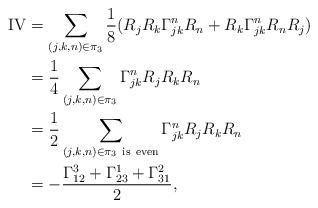
LaTeX: \begin{align*}\mathrm{IV}&=\sum_{(j,k,n)\in \pi_3}\frac{1}{8}(R_jR_k\Gamma_{jk}^nR_n+R_k\Gamma_{jk}^nR_nR_j)\\&=\frac{1}{4}\sum_{(j,k,n)\in \pi_3}\Gamma_{jk}^nR_jR_kR_n\\&=\frac{1}{2}\sum_{(j,k,n)\in \pi_3\ \mathrm{is\ even}}\Gamma_{jk}^nR_jR_kR_n\\&=-\frac{\Gamma_{12}^3+\Gamma_{23}^1+\Gamma_{31}^2}{2},\end{align*}